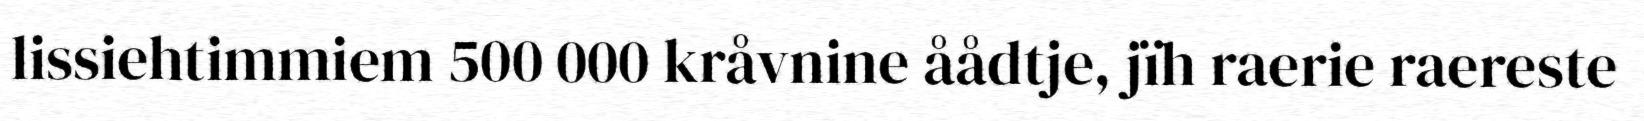
lissiehtimmiem 500 000 kråvnine åådtje, jïh raerie raereste